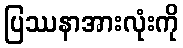
ပြဿနာအားလုံးကို